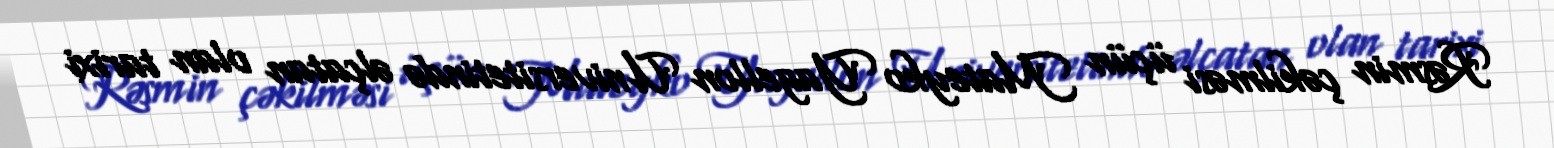
Rəsmin çəkilməsi üçün Mateyko Yagellon Universitetində əlçatan olan tarixi